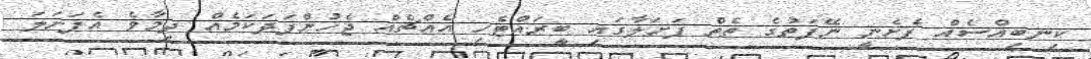
ކިނބިއްސެއް ފެށެނީ ނޭފަތުގެ ތެތް ފަށަލާގައި ބީރައްޓެހި އެއްޗެއް ޖެހުންފަދަކަމެއް ދިމާވެ އެފަށަލަ